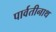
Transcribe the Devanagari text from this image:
पार्वतीनाथ